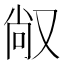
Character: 𱑸